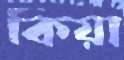
কিয়া